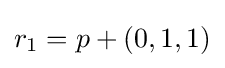
r_{1}=p+(0,1,1)